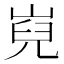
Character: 𡸢